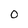
Character: o